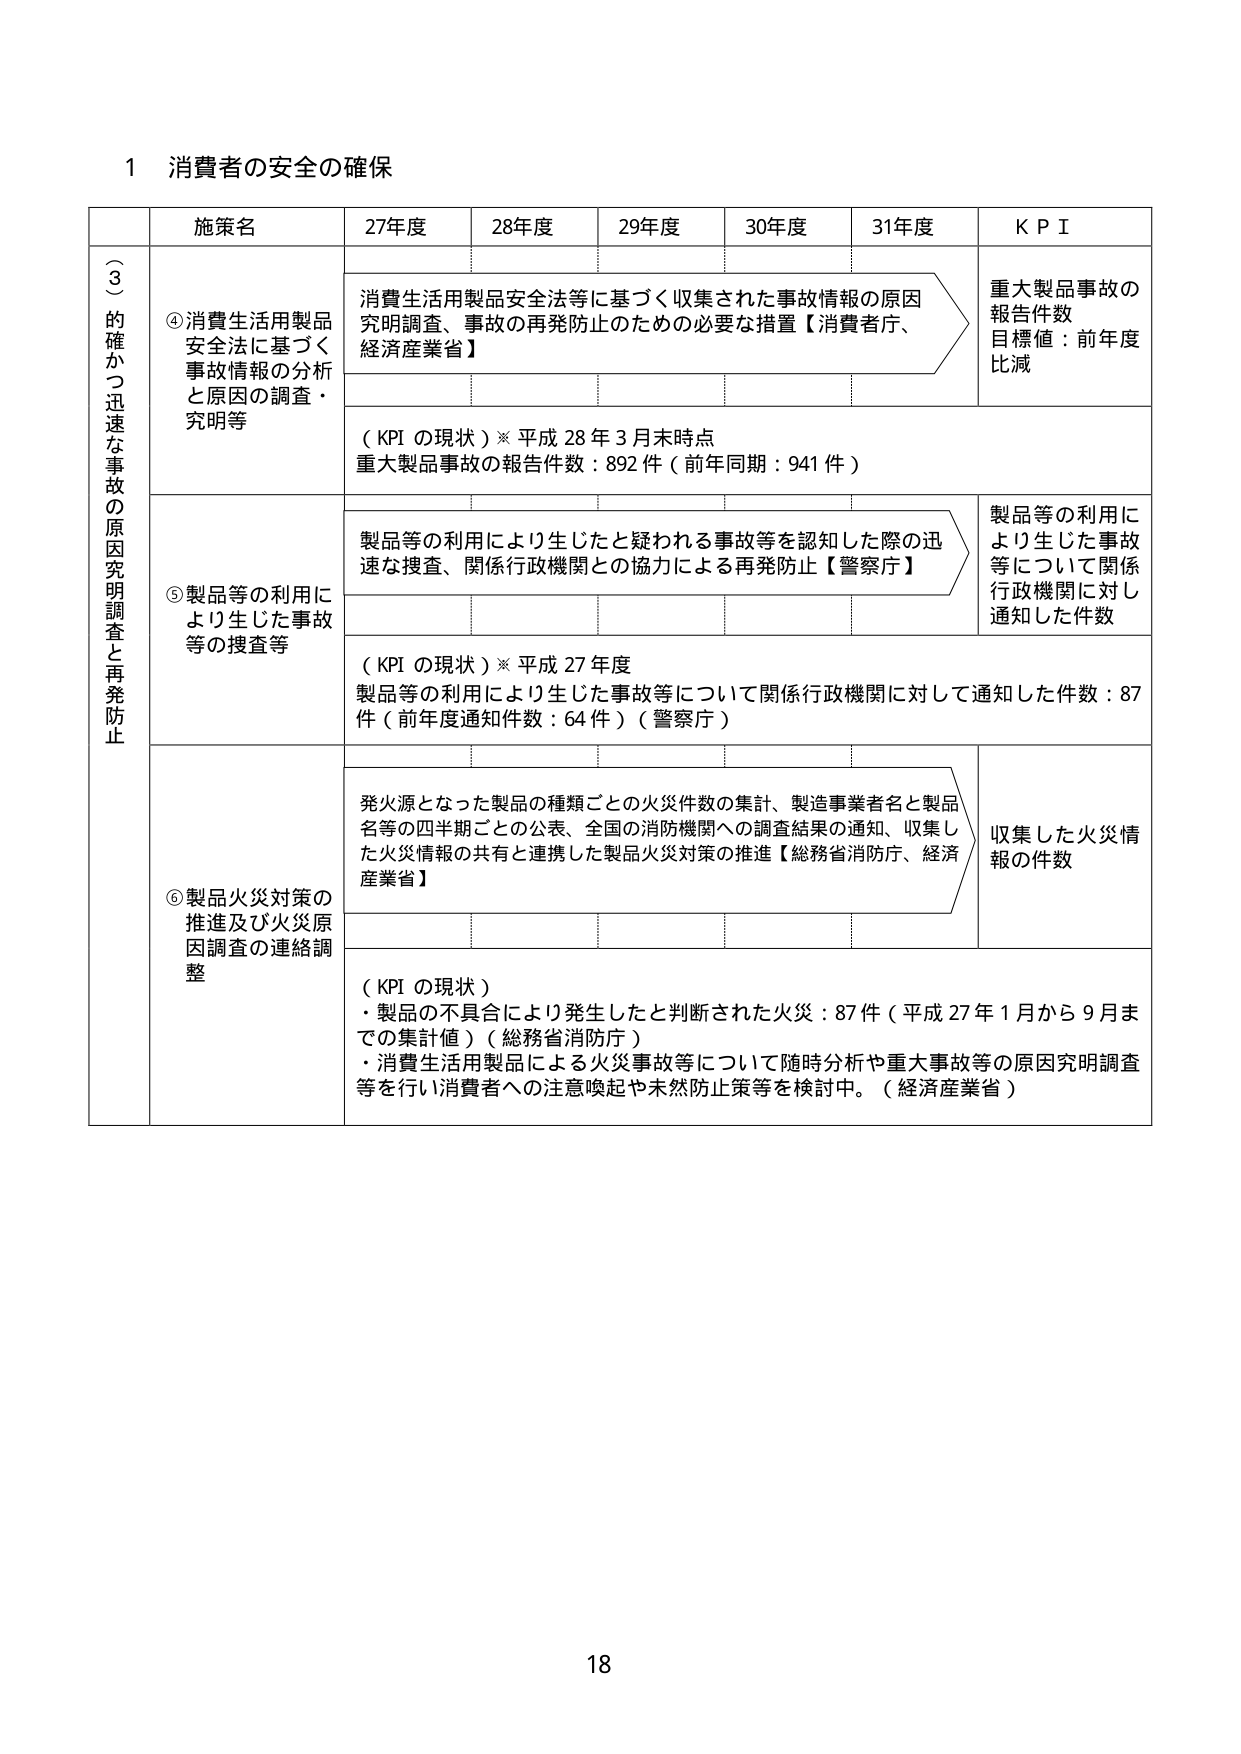
1 消費者の安全の確保

（３）的確かつ迅速な事故の原因究明調査と再発防止

施策名 27年度 28年度 29年度 30年度 31年度 KPI

④消費生活用製品安全法に基づく事故情報の分析と原因の調査・究明等
消費生活用製品安全法等に基づく収集された事故情報の原因究明調査、事故の再発防止のための必要な措置【消費者庁、経済産業省】
重大製品事故の報告件数
目標値：前年度比減

（KPI の現状）※平成 28 年 3 月末時点
重大製品事故の報告件数：892 件（前年同期：941 件）

⑤製品等の利用により生じた事故等の捜査等
製品等の利用により生じたと疑われる事故等を認知した際の迅速な捜査、関係行政機関との協力による再発防止【警察庁】
製品等の利用により生じた事故等について関係行政機関に対し通知した件数

（KPI の現状）※平成 27 年度
製品等の利用により生じた事故等について関係行政機関に対して通知した件数：87 件（前年度通知件数：64 件）（警察庁）

⑥製品火災対策の推進及び火災原因調査の連絡調整
発火源となった製品の種類ごとの火災件数の集計、製造事業者名と製品名等の四半期ごとの公表、全国の消防機関への調査結果の通知、収集した火災情報の共有と連携した製品火災対策の推進【総務省消防庁、経済産業省】
収集した火災情報の件数

（KPI の現状）
・製品の不具合により発生したと判断された火災：87 件（平成 27 年 1 月から 9 月までの集計値）（総務省消防庁）
・消費生活用製品による火災事故等について随時分析や重大事故等の原因究明調査等を行い消費者への注意喚起や未然防止策等を検討中。（経済産業省）

18